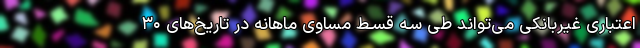
اعتباری غیربانکی می‌تواند طی سـه قسـط مساوی ماهانه در تاریخ‌های ۳۰